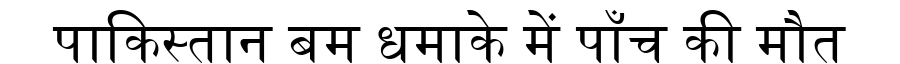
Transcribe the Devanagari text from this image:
पाकिस्तान बम धमाके में पाँच की मौत